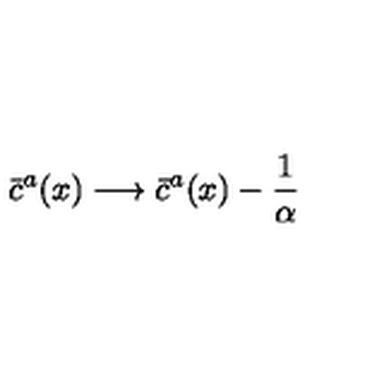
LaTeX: \bar { c } ^ { a } ( x ) \longrightarrow \bar { c } ^ { a } ( x ) - \frac { 1 } { \alpha }